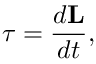
{ \boldsymbol { \tau } } = { \frac { d \mathbf { L } } { d t } } ,